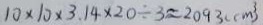
1 0 \times 1 0 \times 3 . 1 4 \times 2 0 \div 3 \approx 2 0 9 3 ( c m ^ { 3 } )